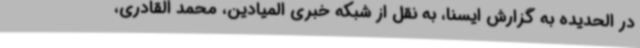
در الحدیده به گزارش ایسنا، به نقل از شبکه خبری المیادین، محمد القادری،